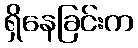
ရှိနေခြင်းက